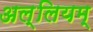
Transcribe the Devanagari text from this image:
अल्लियम्